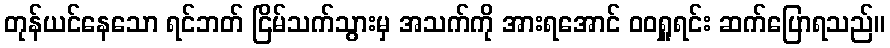
တုန်ယင်နေသော ရင်ဘတ် ငြိမ်သက်သွားမှ အသက်ကို အားရအောင် ဝဝရှူရင်း ဆက်ပြောရသည်။